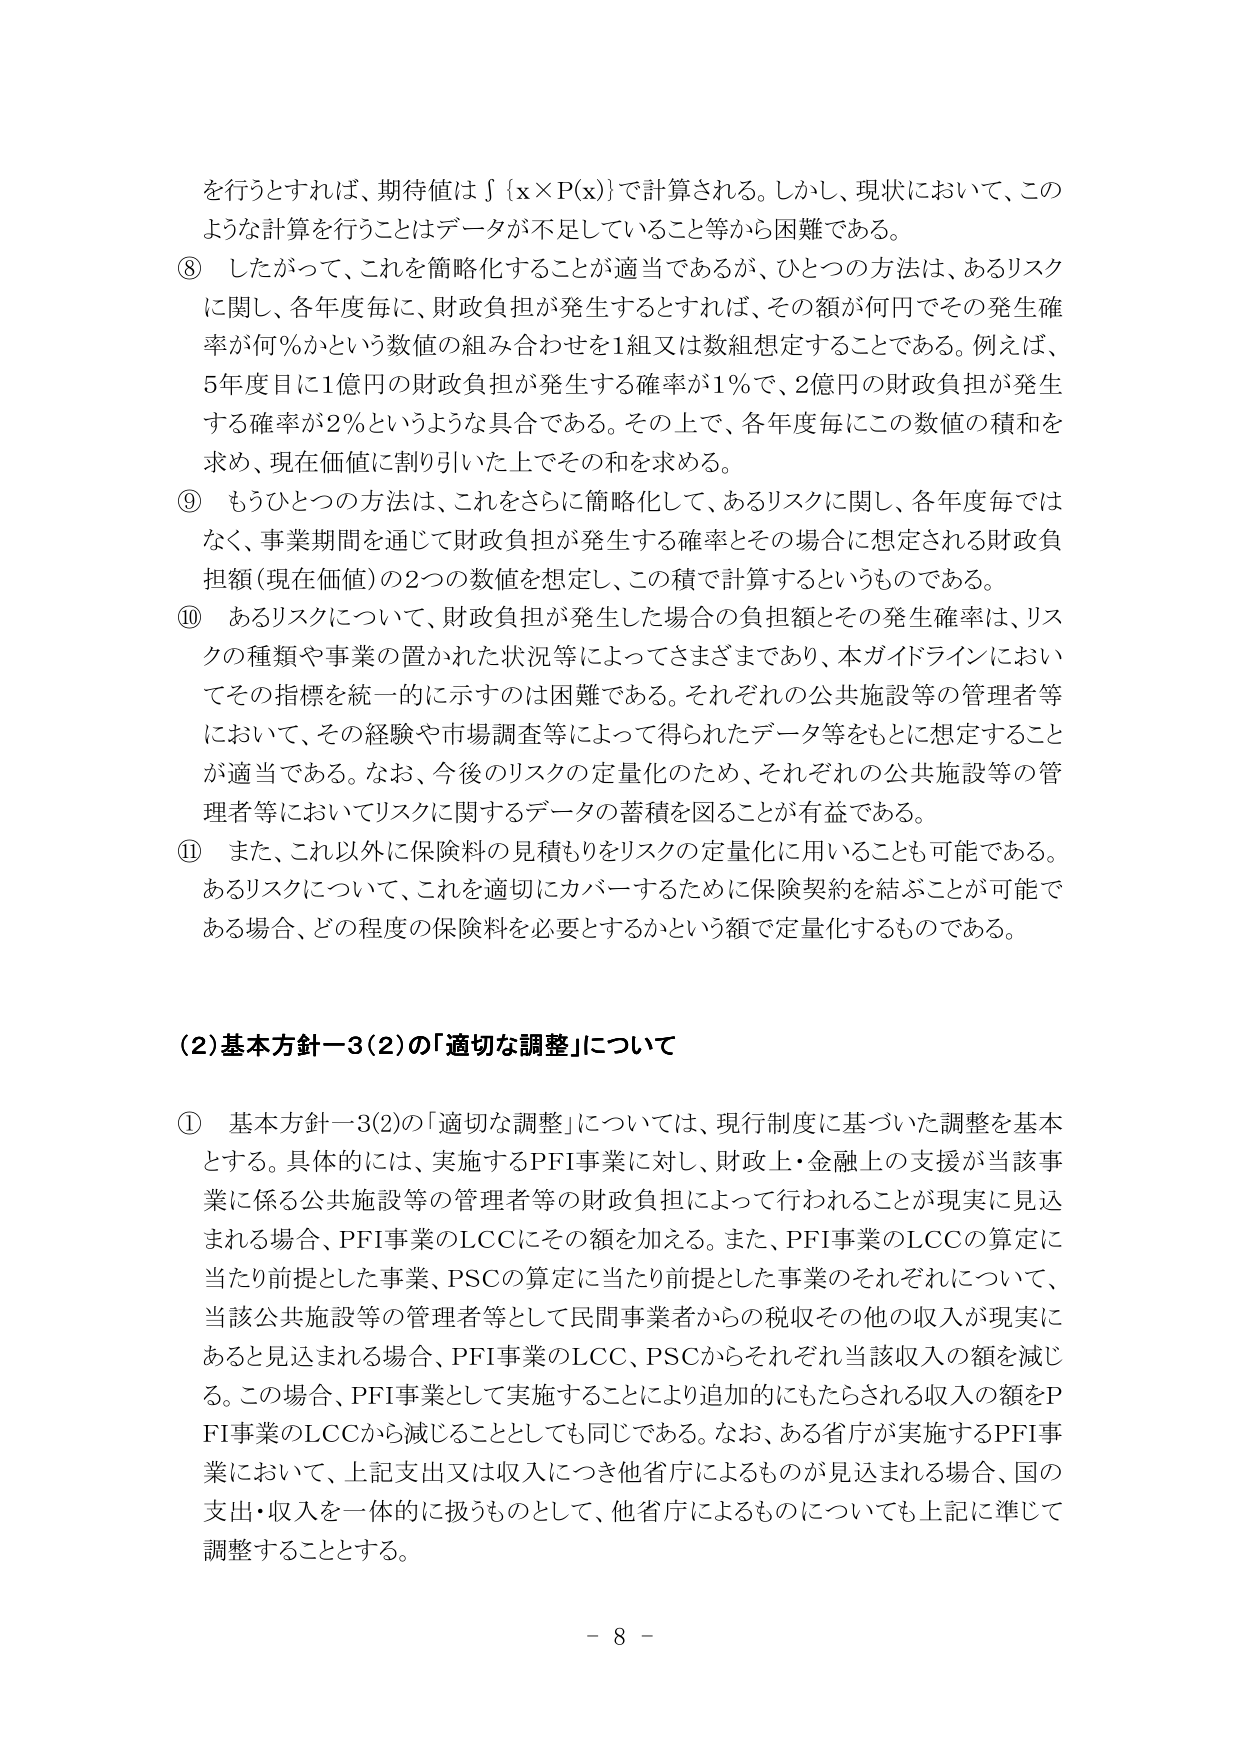
を行うとすれば、期待値は∫{x×P(x)}で計算される。しかし、現状において、このような計算を行うことはデータが不足していること等から困難である。

⑧ したがって、これを簡略化することが適当であるが、ひとつの方法は、あるリスクに関し、各年度毎に、財政負担が発生するとなれば、その額が何円でその発生確率が何％かという数値の組み合わせを1組又は数組想定することである。例えば、5年度目に1億円の財政負担が発生する確率が1％で、2億円の財政負担が発生する確率が2％というような具合である。その上で、各年度毎にこの数値の積和を求め、現在価値に割り引いた上でその和を求める。

⑨ もうひとつの方法は、これをさらに簡略化して、あるリスクに関し、各年度毎ではなく、事業期間を通じて財政負担が発生する確率とその場合に想定される財政負担額（現在価値）の2つの数値を想定し、この積で計算するというものである。

⑩ あるリスクについて、財政負担が発生した場合の負担額とその発生確率は、リスクの種類や事業の置かれた状況等によってさまざまであり、本ガイドラインにおいてその指標を統一的に示すのは困難である。それぞれの公共施設等の管理者等において、その経験や市場調査等によって得られたデータ等をもとに想定することが適当である。なお、今後のリスクの定量化のため、それぞれの公共施設等の管理者等においてリスクに関するデータの蓄積を図ることが有益である。

⑪ また、これ以外に保険料の見積もりをリスクの定量化に用いることも可能である。あるリスクについて、これを適切にカバーするために保険契約を結ぶことが可能である場合、どの程度の保険料を必要とするかという額で定量化するものである。

（2）基本方針－3（2）の「適切な調整」について

① 基本方針－3（2）の「適切な調整」については、現行制度に基づいた調整を基本とする。具体的には、実施するPFI事業に対し、財政上・金融上の支援が当該事業に係る公共施設等の管理者等の財政負担によって行われることが現実に見込まれる場合、PFI事業のLCCにその額を加える。また、PFI事業のLCCの算定に当たり前提とした事業、PSCの算定に当たり前提とした事業のそれぞれについて、当該公共施設等の管理者等として民間事業者からの税収その他の収入が現実にあると見込まれる場合、PFI事業のLCC、PSCからそれぞれ当該収入の額を減じる。この場合、PFI事業として実施することにより追加的にもたらされる収入の額をPFI事業のLCCから減じることとしても同じである。なお、ある省庁が実施するPFI事業において、上記支出又は収入につき他省庁によるものが見込まれる場合、国の支出・収入を一体的に扱うものとして、他省庁によるものについても上記に準じて調整することとする。

－ 8 －